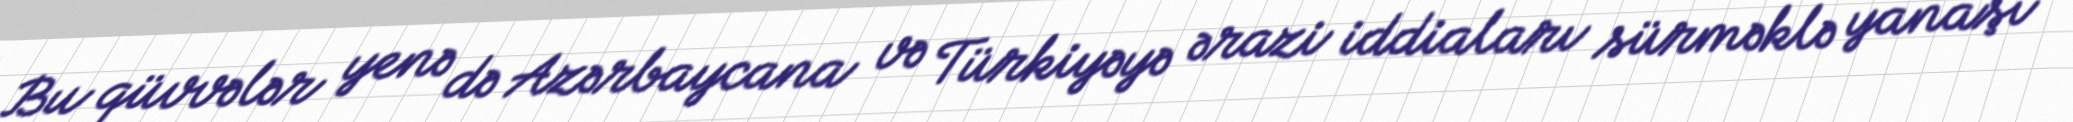
Bu qüvvələr yenə də Azərbaycana və Türkiyəyə ərazi iddiaları sürməklə yanaşı